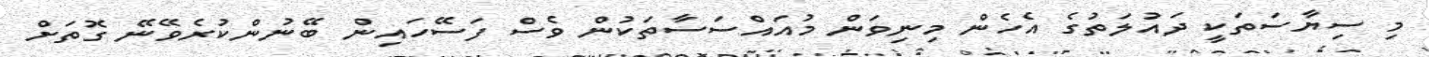
މި ސިޔާސަތަކީ ދައުލަތުގެ އެހެން މިނިވަން މުއައްސަސާތަކުން ވެސް ފަސޭހައިން ބޭނުންކުރެވޭނޭ ގޮތަށް